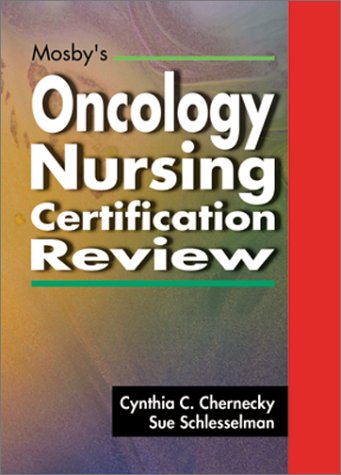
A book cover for Mosby's Oncology Nursing Certification Review, 1e; Cynthia C. Chernecky PhD  RN  CNS  AOCN  FAAN; Medical Books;